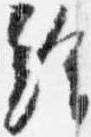
給